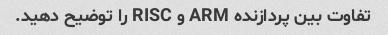
تفاوت بین پردازنده ARM و RISC را توضیح دهید.